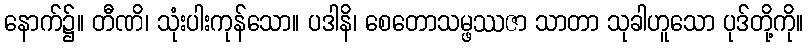
နောက်၌။ တီဏိ၊ သုံးပါးကုန်သော။ ပဒါနိ၊ စေတောသမ္ဖဿဇာ သာတာ သုခါဟူသော ပုဒ်တို့ကို။